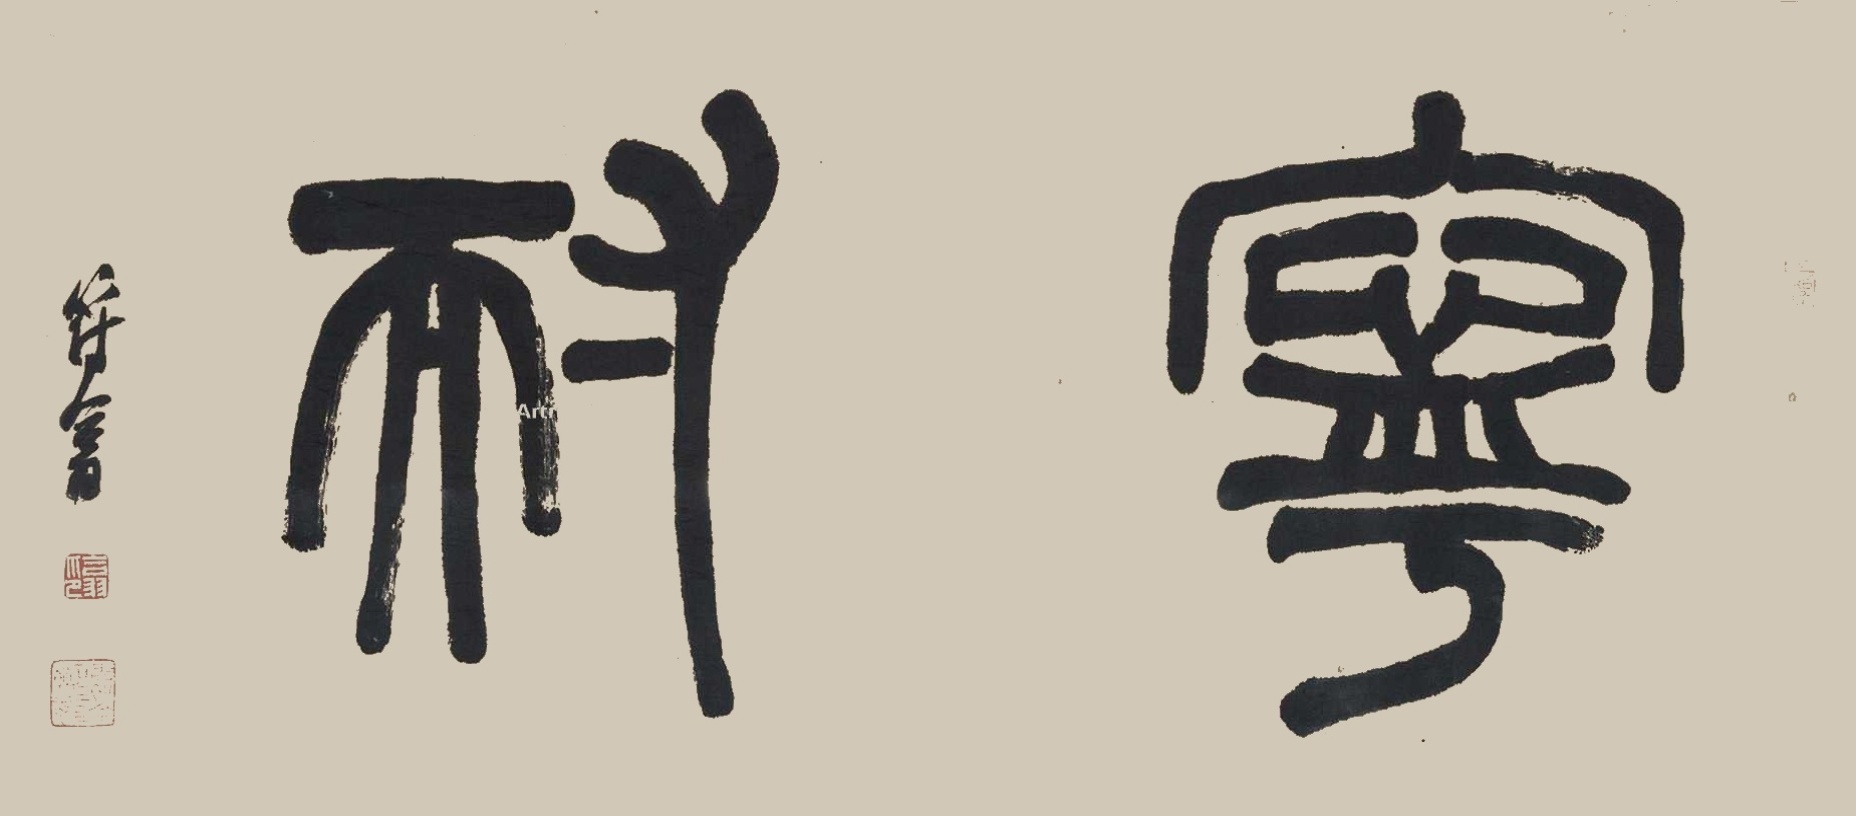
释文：宁耐。符翕。